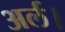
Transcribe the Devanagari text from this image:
अर्ल।